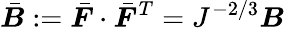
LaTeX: {\bar{\boldsymbol{B}}}:={\bar{\boldsymbol{F}}}\cdot{\bar{\boldsymbol{F}}}^{T}=J^{-2/3}{\boldsymbol{B}}